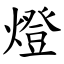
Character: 燈